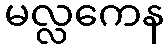
မလ္လကေန